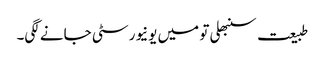
طبیعت سنبھلی تو میں یونیورسٹی جانے لگی۔